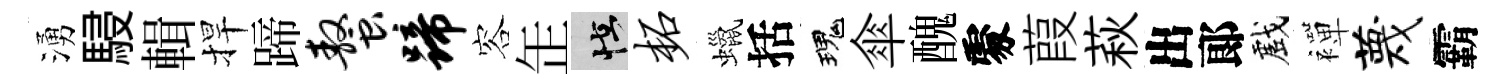
湧駸輯捍蹄螯蹄容𦈢怪柘蠟括瑰傘醜𠁅葭萩出郞戲襌蔑霸